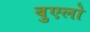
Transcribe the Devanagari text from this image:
वुएलो